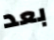
بعد